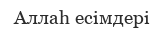
Аллаһ есімдері